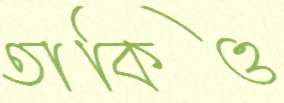
তাকিও